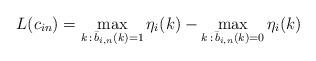
LaTeX: \begin{align*}L(c_{in})=\max_{k\,:\,\bar{b}_{i,n}(k)=1} \eta_i(k) - \max_{k\,:\,\bar{b}_{i,n}(k)=0} \eta_i(k)\end{align*}